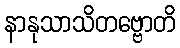
နာနုသာသိတဗ္ဗောတိ